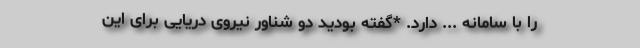
را با سامانه ... دارد. *گفته بودید دو شناور نیروی دریایی برای این